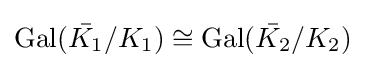
\operatorname {Gal} ({\bar {K_{1}}}/K_{1})\cong \operatorname {Gal} ({\bar {K_{2}}}/K_{2})